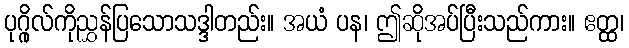
ပုဂ္ဂိုလ်ကိုညွှန်ပြသောသဒ္ဒါတည်း။ အယံ ပန၊ ဤဆိုအပ်ပြီးသည်ကား။ ဧတ္ထ၊